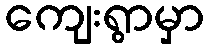
ကျေးရွာမှာ